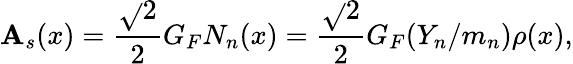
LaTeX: \mathbf{A}_{s}(x)={\frac{{\sqrt{}{{2}}}}{{2}}}G_{F}N_{n}(x)={\frac{{\sqrt{}{{2}}}}{{2}}}G_{F}(Y_{n}/m_{n})\rho(x),